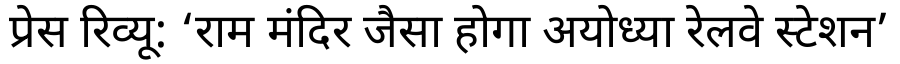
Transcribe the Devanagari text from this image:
प्रेस रिव्यू: ‘राम मंदिर जैसा होगा अयोध्या रेलवे स्टेशन’